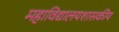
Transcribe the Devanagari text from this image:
महाविद्यालयशासकीय